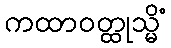
ကထာဝတ္ထုသ္မိံ